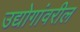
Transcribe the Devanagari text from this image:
उद्योगांवरील